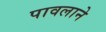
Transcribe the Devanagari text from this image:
पावलाने